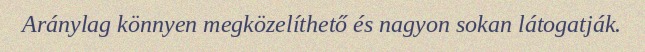
Aránylag könnyen megközelíthető és nagyon sokan látogatják.